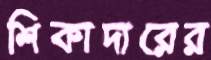
শিকাদারের